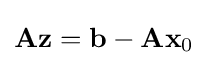
\mathbf {Az} =\mathbf {b} -\mathbf {Ax} _{0}